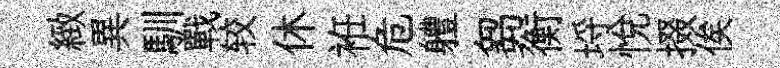
緻異馴戰较休袵危軆芻衡埓悅掇俟